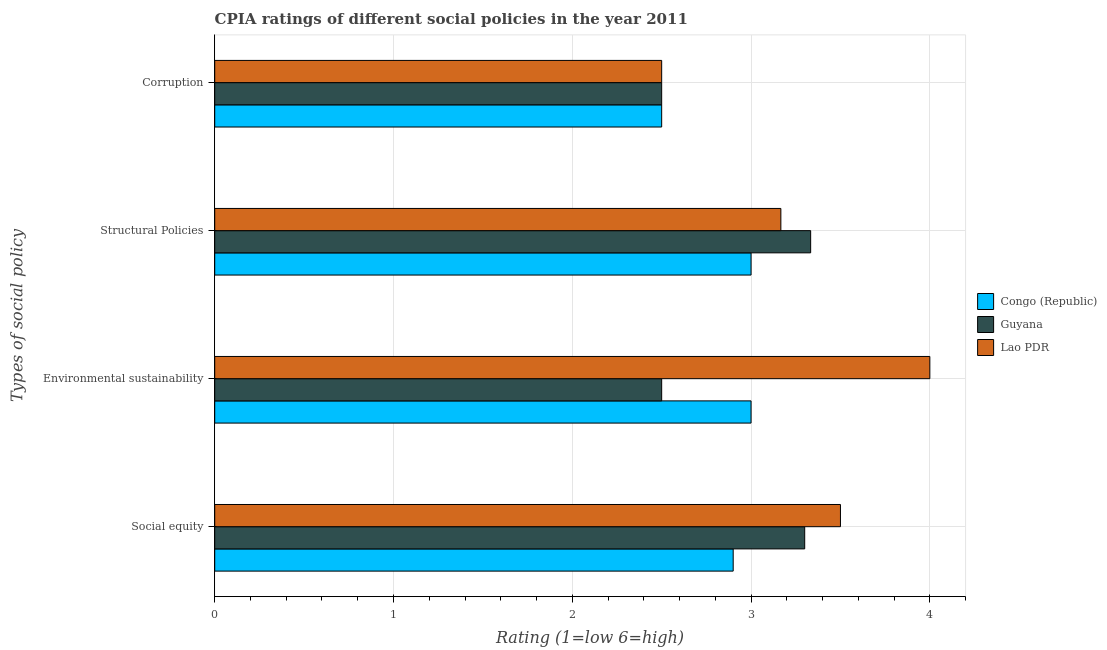
| Types of social policy | Congo (Republic) | Guyana | Lao PDR |
 | --- | --- | --- | --- |
 | Social equity | 2.9 | 3.3 | 3.5 |
 | Environmental sustainability | 3 | 2.5 | 4 |
 | Structural Policies | 3 | 3.33 | 3.17 |
 | Corruption | 2.5 | 2.5 | 2.5 |